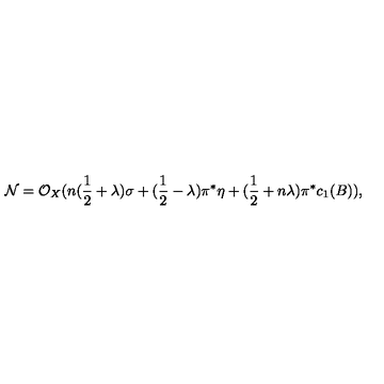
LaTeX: { \cal N } = { \cal O } _ { X } ( n ( \frac { 1 } { 2 } + \lambda ) \sigma + ( \frac { 1 } { 2 } - \lambda ) \pi ^ { * } \eta + ( \frac { 1 } { 2 } + n \lambda ) \pi ^ { * } c _ { 1 } ( B ) ) ,